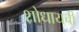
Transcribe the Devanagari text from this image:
शोधायची